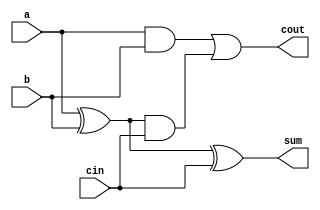
`timescale 1ns / 1ps
//////////////////////////////////////////////////////////////////////////////////
// Company: 
// Engineer: 
// 
// Design Name: 
// Module Name: full_adder_using_gates_1
// Project Name: 
// Target Devices: 
// Tool Versions: 
// Description: 
// 
// Dependencies: 
// 
// Revision:
// Revision 0.01 - File Created
// Additional Comments:
// 
//////////////////////////////////////////////////////////////////////////////////


module full_adder_using_gates_1(a,b,cin,sum,cout);
    input a,b,cin;
    output sum,cout;
    
    wire s1,s2,s3;
    
    xor x1(s1,a,b);
    and a1(s2,a,b);
    xor x2(sum,s1,cin);
    and a2(s3,s1,cin);
    or o1(cout,s2,s3);
endmodule